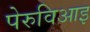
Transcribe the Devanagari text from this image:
पेरुविआइ